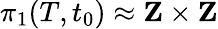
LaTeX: \pi_{1}(T,t_{0})\approx\mathbf{Z}\times\mathbf{Z}